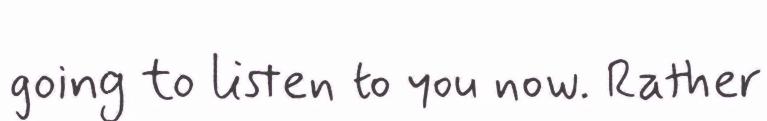
going to listen to you now. Rather